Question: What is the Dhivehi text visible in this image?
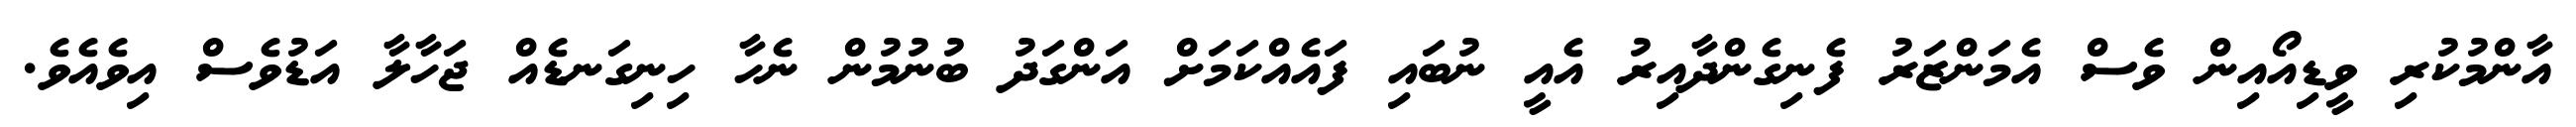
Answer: އާންމުކުރި ވީޑިއޯއިން ވެސް އެމަންޒަރު ފެނިގެންދާއިރު އެއީ ނުބައި ފައެއްކަމަށް އަންގަދު ބުނުމުން ނެހާ ހިނިގަނޑެއް ޖަހާލާ އަޑުވެސް އިވެއެވެ.